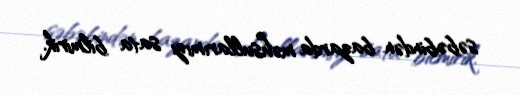
səbəbindən bazarda məhsullarımızı sata bilmirik.